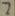
Text: 2